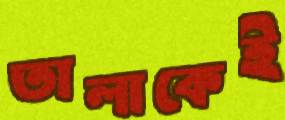
তালাকেই